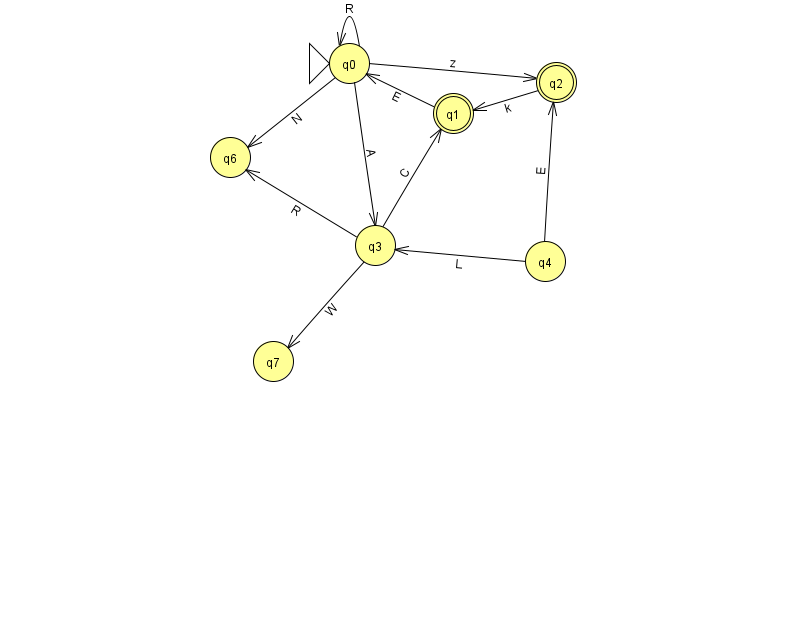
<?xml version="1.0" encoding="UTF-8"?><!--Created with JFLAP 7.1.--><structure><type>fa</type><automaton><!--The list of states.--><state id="0" name="q0"><x>349.0</x><y>50.0</y><initial/></state><state id="1" name="q1"><x>453.0</x><y>100.0</y><final/></state><state id="2" name="q2"><x>556.0</x><y>69.0</y><final/></state><state id="3" name="q3"><x>375.0</x><y>232.0</y></state><state id="4" name="q4"><x>545.0</x><y>248.0</y></state><state id="6" name="q6"><x>230.0</x><y>144.0</y></state><state id="7" name="q7"><x>273.0</x><y>348.0</y></state><!--The list of transitions.--><transition><from>3</from><to>1</to><read>C</read></transition><transition><from>3</from><to>7</to><read>W</read></transition><transition><from>0</from><to>0</to><read>R</read></transition><transition><from>2</from><to>1</to><read>k</read></transition><transition><from>4</from><to>3</to><read>L</read></transition><transition><from>0</from><to>3</to><read>A</read></transition><transition><from>3</from><to>6</to><read>R</read></transition><transition><from>1</from><to>0</to><read>E</read></transition><transition><from>0</from><to>6</to><read>N</read></transition><transition><from>0</from><to>2</to><read>z</read></transition><transition><from>4</from><to>2</to><read>E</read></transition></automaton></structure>